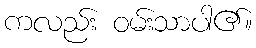
ကလည်း ဝမ်းသာပါ၏။